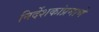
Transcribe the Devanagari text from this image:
निर्देशकांप्रमाणे